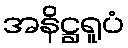
အနိဋ္ဌရူပံ